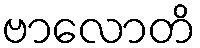
ဗာလောတိ